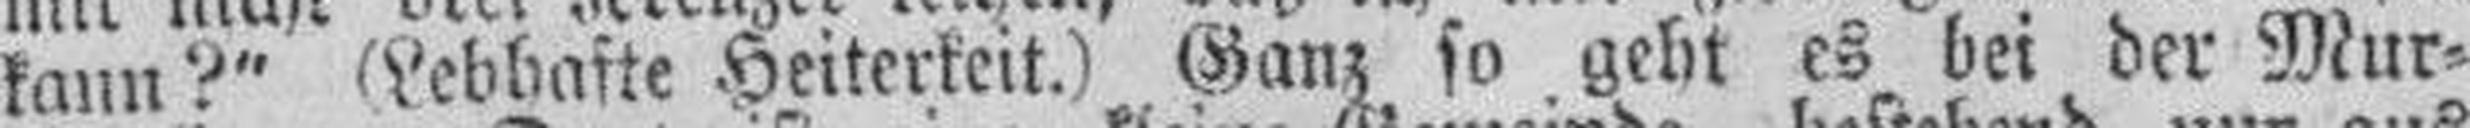
kann?" (Lebhafte Heiterkeit.) Ganz so geht es bei der Mur¬